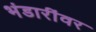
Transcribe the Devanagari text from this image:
भंडारींवर